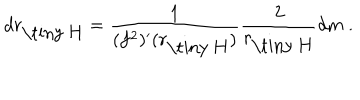
d r _ { \mathrm { \tiny ~ H } } = \frac { 1 } { ( f ^ { 2 } ) ^ { \prime } ( r _ { \mathrm { \tiny ~ H } } ) } \frac { 2 } { r _ { \mathrm { \tiny ~ H } } } d m \ .